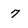
Character: 7